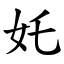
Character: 奼